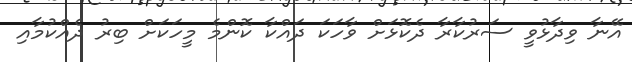
އޭނާ ވިދާޅުވީ ސަރުކާރާ ދެކޮޅަށް ވާހަކަ ދައްކާ ކޮންމެ މީހަކަށް ބިރު ދެއްކުމާއި